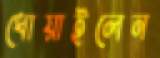
ধোয়াইলেন